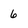
Character: 6